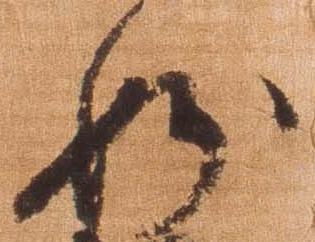
妙